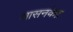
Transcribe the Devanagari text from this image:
शासनकेंद्र